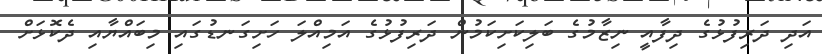
އަދި ދަރިފުޅުގެ ދިފާއީ ނިޒާމުގެ ބަލިކަށިކަމުން ދަރިފުޅުގެ އަމިއްލަ ހަށިގަނޑުގައި މިބައްޔާއި ދެކޮޅަށް